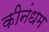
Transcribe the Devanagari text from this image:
कीनंधम